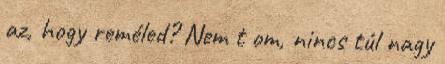
az, hogy reméled? Nem t om, nincs túl nagy